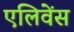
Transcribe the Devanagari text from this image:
एलिवेंस